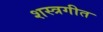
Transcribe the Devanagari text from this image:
शस्त्रगीत